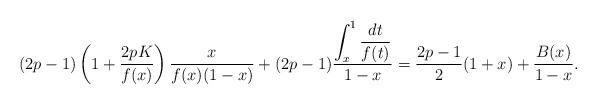
LaTeX: \begin{align*}(2p-1)\left(1+\frac{2pK}{f(x)}\right)\frac{x}{f(x)(1-x)}+(2p-1)\frac{\displaystyle \int_x^1\frac{dt}{f(t)}}{1-x}&=\frac{2p-1}{2}(1+x)+\frac{B(x)}{1-x}.\end{align*}